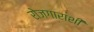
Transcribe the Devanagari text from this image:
रोजगाराशी